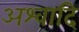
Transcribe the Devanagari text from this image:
अश्वादि